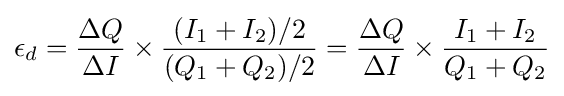
\epsilon _{d}={\Delta Q \over \Delta I}\times {(I_{1}+I_{2})/2 \over (Q_{1}+Q_{2})/2}={\Delta Q \over \Delta I}\times {I_{1}+I_{2} \over Q_{1}+Q_{2}}